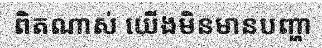
ពិតណាស់ យើងមិនមានបញ្ហា